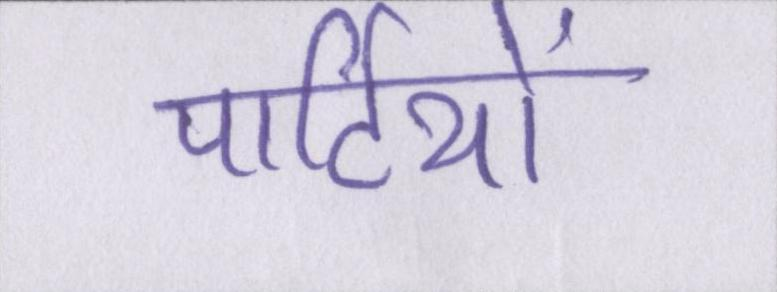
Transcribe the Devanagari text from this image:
पार्टियों